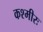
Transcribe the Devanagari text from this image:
कश्मीरः